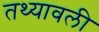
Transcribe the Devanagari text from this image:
तथ्यावली